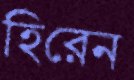
হিরেন